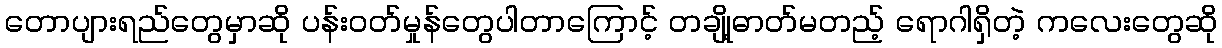
တောပျားရည်တွေမှာဆို ပန်းဝတ်မှုန်တွေပါတာကြောင့် တချို့ဓာတ်မတည့် ရောဂါရှိတဲ့ ကလေးတွေဆို